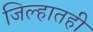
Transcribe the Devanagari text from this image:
जिल्हातही